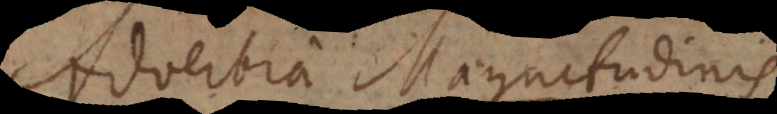
adverbia magnitudinis,